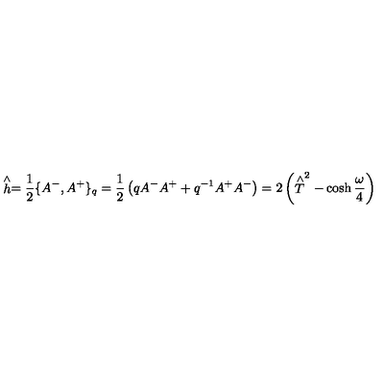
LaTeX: \stackrel { \wedge } { h } = \frac { 1 } { 2 } \{ A ^ { - } , A ^ { + } \} _ { q } = \frac { 1 } { 2 } \left( q A ^ { - } A ^ { + } + q ^ { - 1 } A ^ { + } A ^ { - } \right) = 2 \left( \stackrel { \wedge } { T } ^ { 2 } - \cosh \frac { \omega } { 4 } \right)